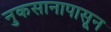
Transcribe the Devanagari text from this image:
नुकसानापासून